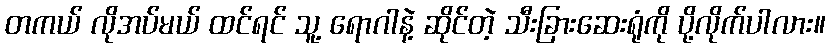
တကယ် လိုအပ်မယ် ထင်ရင် သူ့ ရောဂါနဲ့ ဆိုင်တဲ့ သီးခြားဆေးရုံကို ပို့လိုက်ပါလား။